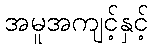
အမူအကျင့်နှင့်